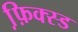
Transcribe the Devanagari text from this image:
फ़ि़क्स्ड